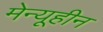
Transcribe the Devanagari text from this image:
मेन्यूहीन